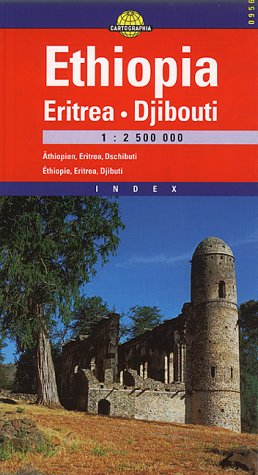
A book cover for Ethiopia Eritrea & Djibuti (Cartographia International Road Map) (Hungarian Edition); Travel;